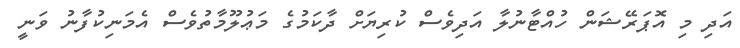
އަދި މި އޮޕަރޭޝަން ހުއްޓާނުލާ އަދިވެސް ކުރިޔަށް ދާކަމުގެ މަޢުލޫމާތުވެސް އެމަނިކުފާނު ވަނީ